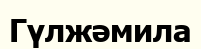
Гүлжәмила